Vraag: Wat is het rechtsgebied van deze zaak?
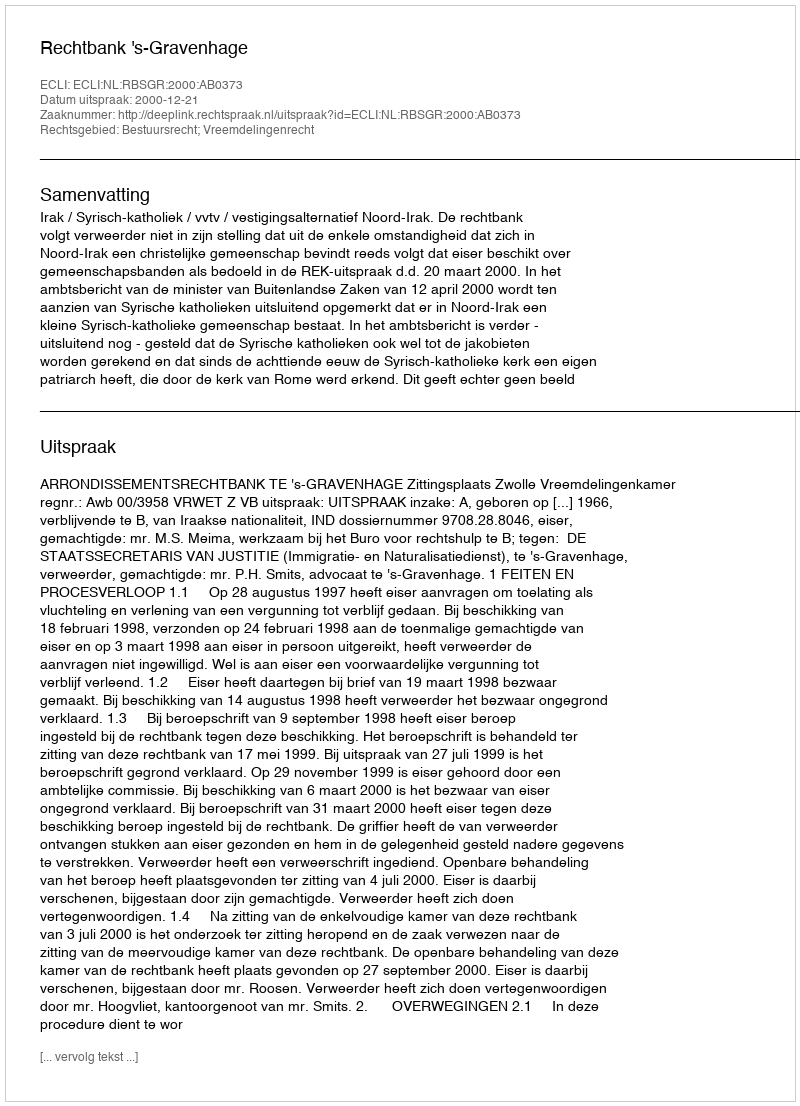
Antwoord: Bestuursrecht; Vreemdelingenrecht